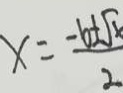
x = \frac { - 6 + \sqrt { x } } { 2 }